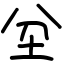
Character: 坌